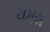
ચમસ